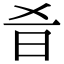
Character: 𣅎